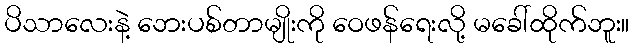
ပိသာလေးနဲ့ ဘေးပစ်တာမျိုးကို ဝေဖန်ရေးလို့ မခေါ်ထိုက်ဘူး။